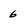
Character: 6